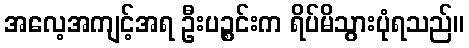
အလေ့အကျင့်အရ ဦးပဉ္စင်းက ရိပ်မိသွားပုံရသည်။